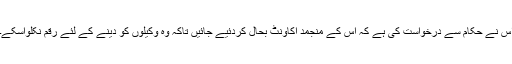
اس نے حکام سے درخواست کی ہے کہ اس کے منجمد اکاؤنٹ بحال کردئیے جائیں تاکہ وہ وکیلوں کو دینے کے لئے رقم نکلواسکے۔